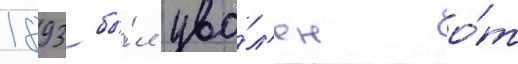
1893 бы́л уво́л'ен о́т